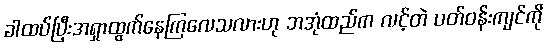
ခါထပ်ပြီးအရှာထွက်နေကြလေသလားဟု ဘအုံထည်က လင့်တဲ ပတ်ဝန်းကျင်ကို